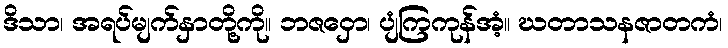
ဒိသာ၊ အရပ်မျက်နှာတို့ကို။ ဘဇဝှော၊ ပျံကြကုန်အံ့။ ဃတာသနဇာတကံ၊